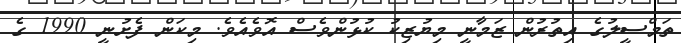
ތަމްސީލުގެ އިތުރުން ޒަމާނީ މިޔުޒިކު ކުޅުންވެސް އޮވެއެވެ. މިކަން ފެށުނީ 1990 ގެ